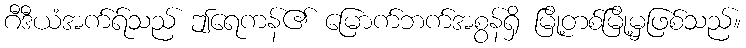
ဂီဒီယံအက်ရ်သည် ဤရေကန်၏ မြောက်ဘက်အစွန်ရှိ မြို့တစ်မြို့မှဖြစ်သည်။